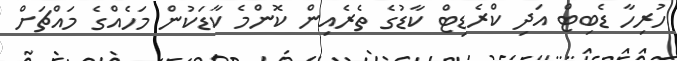
ހުރިހާ ޑެބިޓް އަދި ކްރެޑިޓް ކާޑުގެ ތެރެއިން ކޮންމެ ކާޑަކުން މަހެއްގެ މައްޗަށް